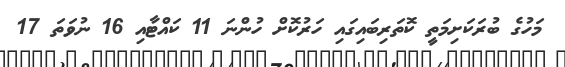
މަހުގެ ބުރަކަށިމަތީ ކޮތަރިބައިގައި ހަރުކޮށް ހުންނަ 11 ކައްޓާއި 16 ނުވަތަ 17